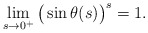
\begin{align*}\lim_{s\to0^+} \big(\sin\theta(s)\big)^s=1.\end{align*}